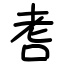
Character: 㖈